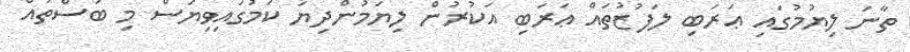
ތާނަ ލިޔުމުގައި ޢަރަބި ލަފުޒުތައް ޢަރަބި އަކުރުން ލިޔަމުންދިޔަ ކަމުގައިވިޔަސް މި ބަސްތައް